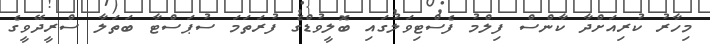
މިހާރު ކުރިއަށްދާ ކާންސް ފިލްމު ފެސްޓިވަލުގައި ބޮލީވުޑްގެ ފުރަތަމަ ސުޕަސްޓާ ބަތަލާ ސްރީދޭވީގެ